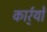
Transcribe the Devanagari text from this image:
कार्र्यों